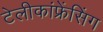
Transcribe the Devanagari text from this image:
टेलीकांफ्रेंसिंग